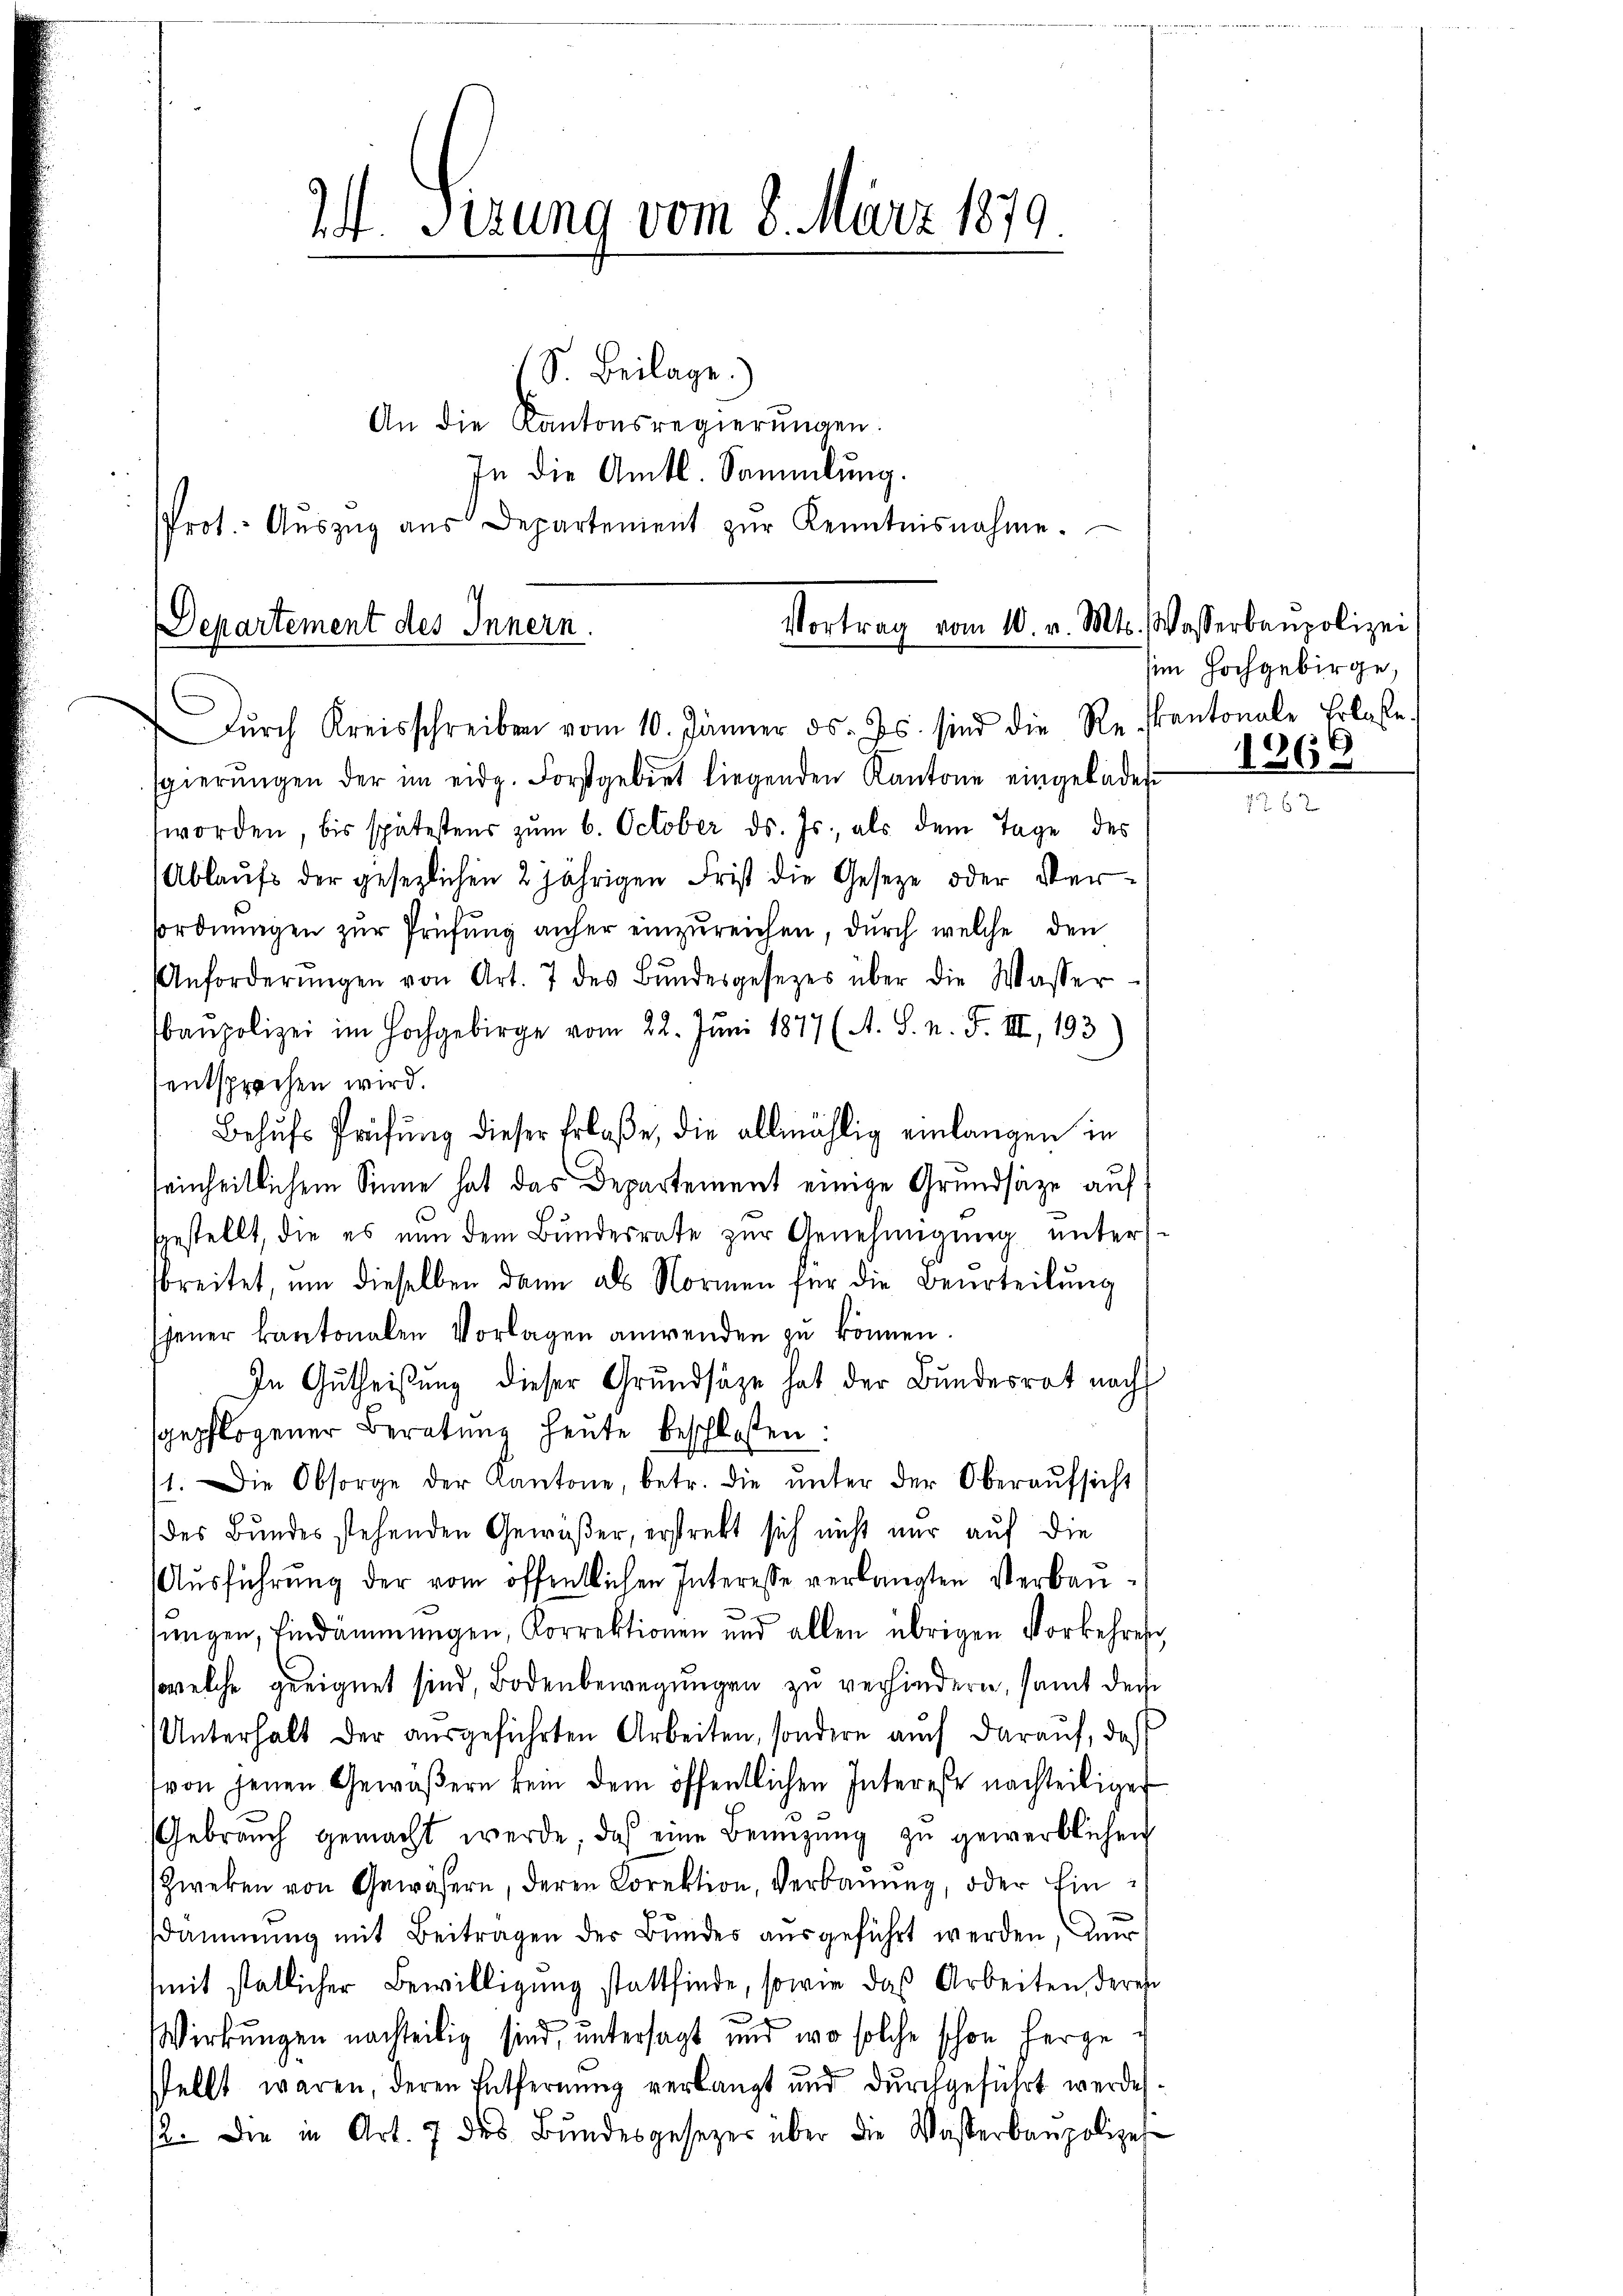
Vortrag vom 10. v. Mts. Wasserbaupolizei
Departement des Innern.

S. Beilage.
An die Kantonsregierungen.
In die Amtl. Sammlung.
Prot. Aŭszŭg aŭs Departement zŭr Kenntnisnahme.

24. Serung vom 8. März 1879.

Dŭrch Kreisschreiben vom 10. Jänner ds. Js. sind die Reskantonale Erlasse.
sgierŭngen der im eidg. Forstgebiet liegenden Kantone eingeladen
worden, bis spätestens zŭm 6. October ds. Js., als dem Tage des
Ablaufs der gesezlichen 2 jährigen Frist die Geseze oder Versordnungen zur Prüfung anher einzureichen, durch welche den
Anforderŭngen von Art. 7 des Bŭndesgesezes über die Wasser-
baupolizei im Hochgebirge vom 22. Juni 1877 (A. S. n. F. III, 193
sentsprechen wird.
Behŭfs Prüfŭng dieser Erlaße, die allmählig einlangen in
seinheitlichem Sinne hat das Departement einige Grundsätze auf
ggestellt, die es nun dem Bundesrate zur Genehmigung unters-
sbreitet, um dieselben dann als Normen für die Beurteilung
jener kantonalen Vorlagen anwenden zu können.
In Gutheißung dieser Grundsätze hat der Bundesrat nach
sgepflogener Beratŭng heute beschloßen:
11. Die Obsorge der Kantone, betr. die ŭnter der Oberaŭfsicht
des Bundes stehenden Gewäßer, erstrebt sich nicht nur auf die
Ausführung der vom öffentlichen Interesse verlangten Verbausungen, Eindämmungen, Korrektionen und allen übrigen Vorkehres
(welche geeignet sind, Bodenbewegungen zu verhindern, samt der
Unterhalt der aŭsgeführten Arbeiten, sondern auch daraŭf, daß
von jenen Gewäßern kein dem öffentlichen Intereße nachteiliger
Gebrauch gemacht werde, das eine Benützŭng zŭ gewerblichen
Zweken von Gewäsern, deren Dorektion, Verbauung, oder Einsdammŭng mit Beitragen der Bundes aŭsgeführt werden, nur
(mit statlicher Bewilligung stattfinde, sowie das Arbeiten deres
u
Wirkungen nachteilig sind, untersagt und wo solche schon hergestellt waren, deren Entfernung verlangt und durchgeführt werden.
12. Die in Art. 7 des Bŭndesgesezes über die Wasserbaupolizei-

sim Hochgebirge,

1266